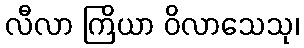
လီလာ ကြိယာ ဝိလာသေသု၊